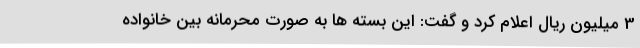
3 میلیون ریال اعلام کرد و گفت: این بسته ها به صورت محرمانه بین خانواده